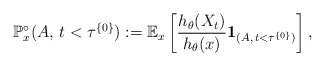
\begin{align*}\mathbb{P}^{\circ}_x(A, \, t<\tau^{\{0\}}):= \mathbb{E}_x\left[\frac{h_\theta(X_t)}{h_\theta(x)}\mathbf{1}_{(A, \, t<\tau^{\{0\}})}\right],\end{align*}